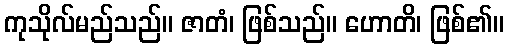
ကုသိုလ်မည်သည်။ ဇာတံ၊ ဖြစ်သည်။ ဟောတိ၊ ဖြစ်၏။